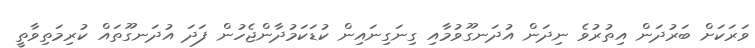
ވަރަކަށް ބަރުދަން އިތުރުވެ ނިދަން އުދަނގޫވުމާއި ގިނަގިނައިން ކުޑަކަމުދާންޖެހުން ފަދަ އުދަނގޫތައް ކުރިމަތިވާތީ